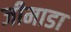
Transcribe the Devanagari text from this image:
जीमाडा